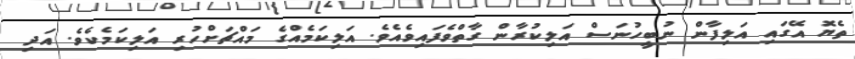
ތެޔޮ އޭގައި އަލިފާން ނުބީހުނަސް އަލިކުރާން ގާތްވެފައިވެއެވެ. އަލިކަމެއްގެ މައްޗަށްހުރި އަލިކަމެކެވެ. އަދި